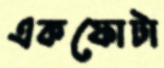
একফোটা